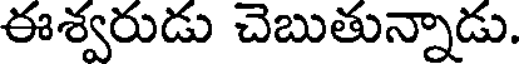
ఈశ్వరుడు చెబుతున్నాడు.